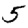
Digit: 5